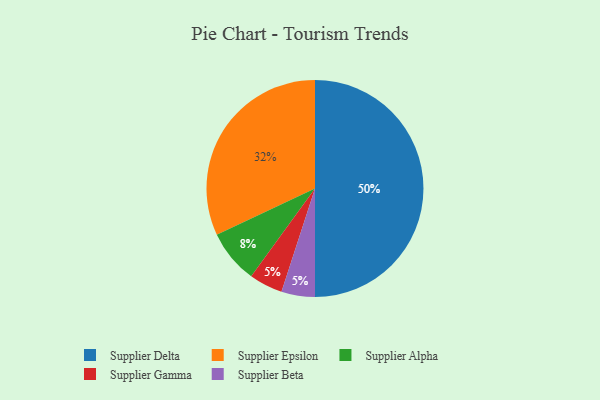
{"axis": {"x": "Category", "y": "Percentage"}, "legend": ["Supplier Alpha", "Supplier Beta", "Supplier Delta", "Supplier Epsilon", "Supplier Gamma"], "data": [{"x": "Supplier Gamma", "y": 5, "type": "Supplier Gamma"}, {"x": "Supplier Alpha", "y": 8, "type": "Supplier Alpha"}, {"x": "Supplier Epsilon", "y": 32, "type": "Supplier Epsilon"}, {"x": "Supplier Delta", "y": 50, "type": "Supplier Delta"}, {"x": "Supplier Beta", "y": 5, "type": "Supplier Beta"}]}